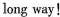
long way!